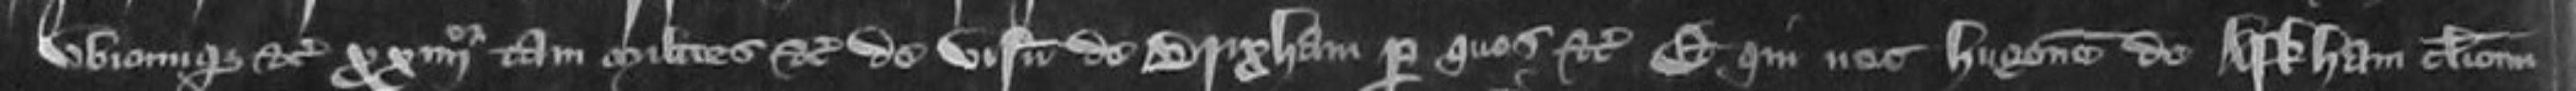
ubicumque etc xxquarto milites etc de visinia Brixham per quos etc et qui nec Hugonem de Arkham clericum